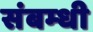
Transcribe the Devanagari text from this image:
संबम्धी